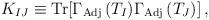
LaTeX: \begin{align*}K_{IJ} \equiv {\rm Tr} [\Gamma_{\rm Adj}\,(T_{I}) \Gamma_{\rm Adj}\,(T_{J}) ]\, ,\end{align*}